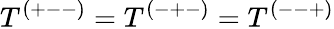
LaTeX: T^{(+--)}=T^{(-+-)}=T^{(--+)}